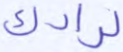
لرادك